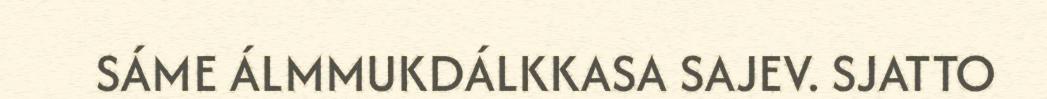
SÁME ÁLMMUKDÁLKKASA SAJEV. SJATTO